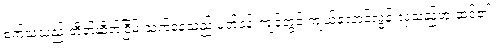
စက်သံသည် တိတ်ဆိတ်ငြိမ် သက်နေသည့် ပတ်ဝန်းကျင်တွင် ကျယ်လောင်လွန်းလှသည်ဟု ထင်၏။